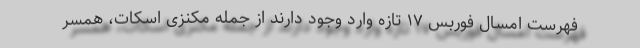
فهرست امسال فوربس ۱۷ تازه وارد وجود دارند از جمله مکنزی اسکات، همسر